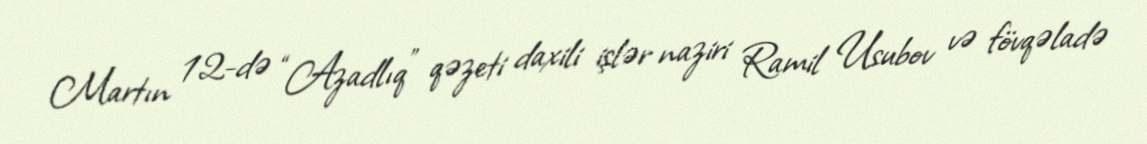
Martın 12-də “Azadlıq” qəzeti daxili işlər naziri Ramil Usubov və fövqəladə